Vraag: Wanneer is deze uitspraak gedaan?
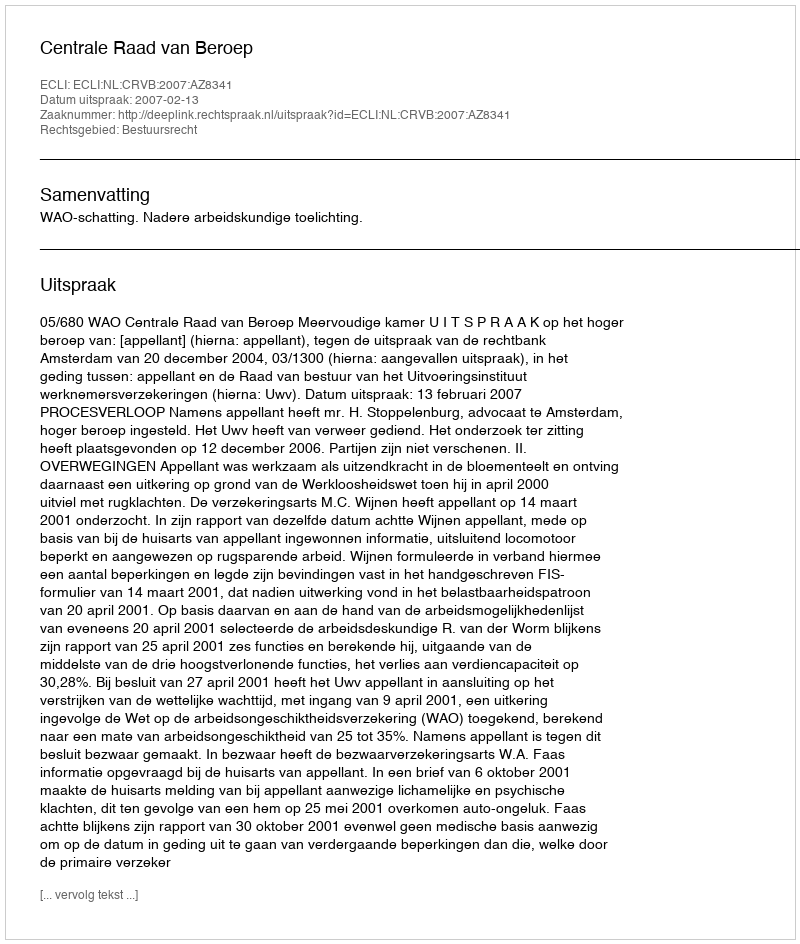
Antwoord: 2007-02-13